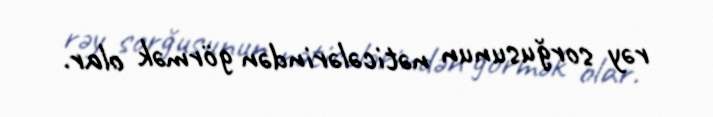
rəy sorğusunun nəticələrindən görmək olar.